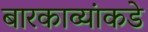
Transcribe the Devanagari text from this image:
बारकाव्यांकडे